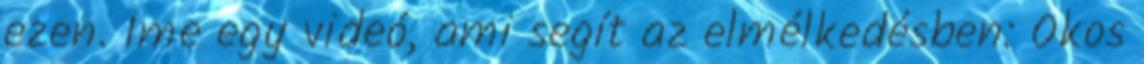
ezen. Íme egy videó, ami segít az elmélkedésben: Okos